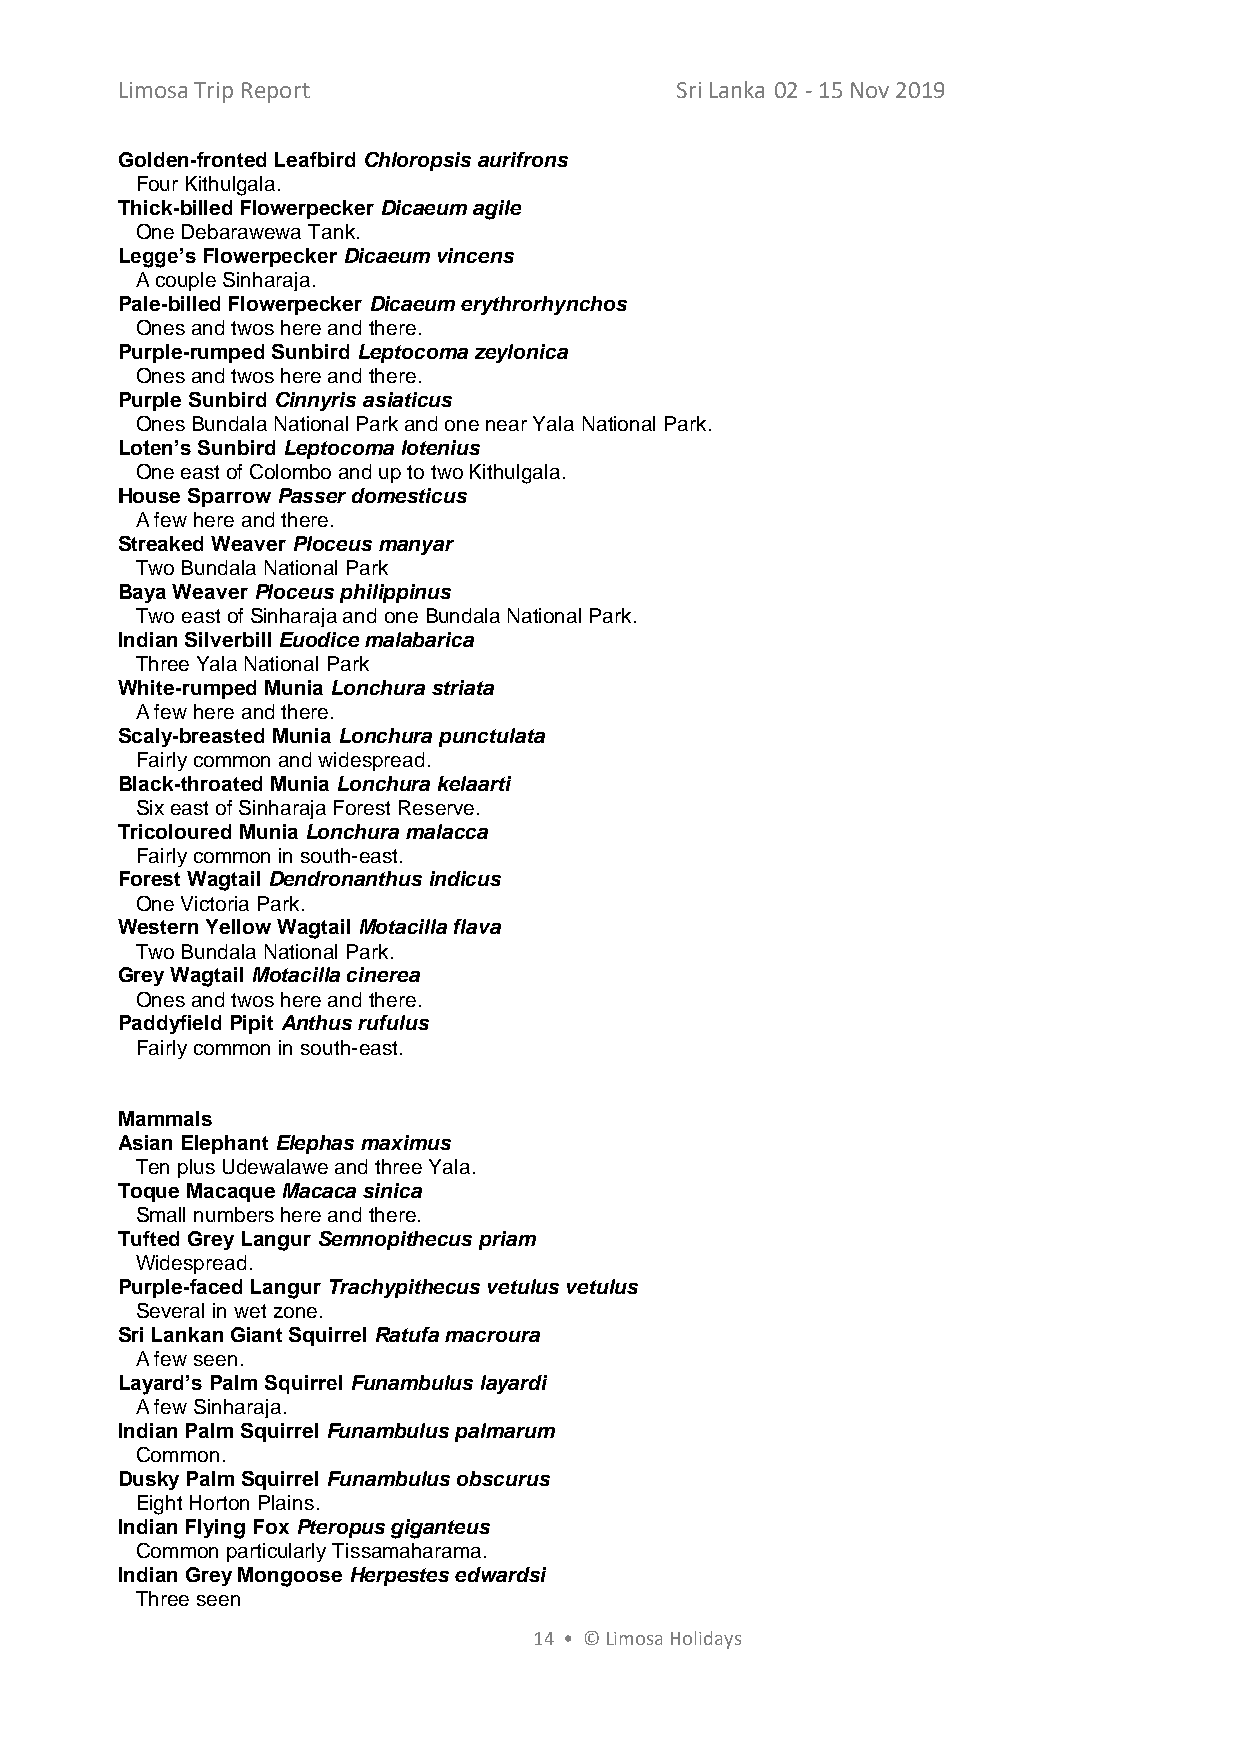
Limosa Trip Report                   Sri Lanka 02 - 15 Nov 2019
 Golden-fronted Leafbird Chloropsis aurifrons
 Four Kithulgala.
 Thick-billed Flowerpecker Dicaeum agile
 One Debarawewa Tank.
 Legge’s Flowerpecker Dicaeum vincens
 A couple Sinharaja.
 Pale-billed Flowerpecker Dicaeum erythrorhynchos
 Ones and twos here and there.
 Purple-rumped Sunbird Leptocoma zeylonica
 Ones and twos here and there.
 Purple Sunbird Cinnyris asiaticus
 Ones Bundala National Park and one near Yala National Park.
 Loten’s Sunbird Leptocoma lotenius
 One east of Colombo and up to two Kithulgala.
 House Sparrow Passer domesticus
 A few here and there.
 Streaked Weaver Ploceus manyar
 Two Bundala National Park
 Baya Weaver Ploceus philippinus
 Two east of Sinharaja and one Bundala National Park.
 Indian Silverbill Euodice malabarica
 Three Yala National Park
 White-rumped Munia Lonchura striata
 A few here and there.
 Scaly-breasted Munia Lonchura punctulata
 Fairly common and widespread.
 Black-throated Munia Lonchura kelaarti
 Six east of Sinharaja Forest Reserve.
 Tricoloured Munia Lonchura malacca
 Fairly common in south-east.
 Forest Wagtail Dendronanthus indicus
 One Victoria Park.
 Western Yellow Wagtail Motacilla flava
 Two Bundala National Park.
 Grey Wagtail Motacilla cinerea
 Ones and twos here and there.
 Paddyfield Pipit Anthus rufulus
 Fairly common in south-east.
 Mammals
 Asian Elephant Elephas maximus
 Ten plus Udewalawe and three Yala.
 Toque Macaque Macaca sinica
 Small numbers here and there.
 Tufted Grey Langur Semnopithecus priam
 Widespread.
 Purple-faced Langur Trachypithecus vetulus vetulus
 Several in wet zone.
 Sri Lankan Giant Squirrel Ratufa macroura
 A few seen.
 Layard’s Palm Squirrel Funambulus layardi
 A few Sinharaja.
 Indian Palm Squirrel Funambulus palmarum
 Common.
 Dusky Palm Squirrel Funambulus obscurus
 Eight Horton Plains.
 Indian Flying Fox Pteropus giganteus
 Common particularly Tissamaharama.
 Indian Grey Mongoose Herpestes edwardsi
 Three seen
 14 • © Limosa Holidays